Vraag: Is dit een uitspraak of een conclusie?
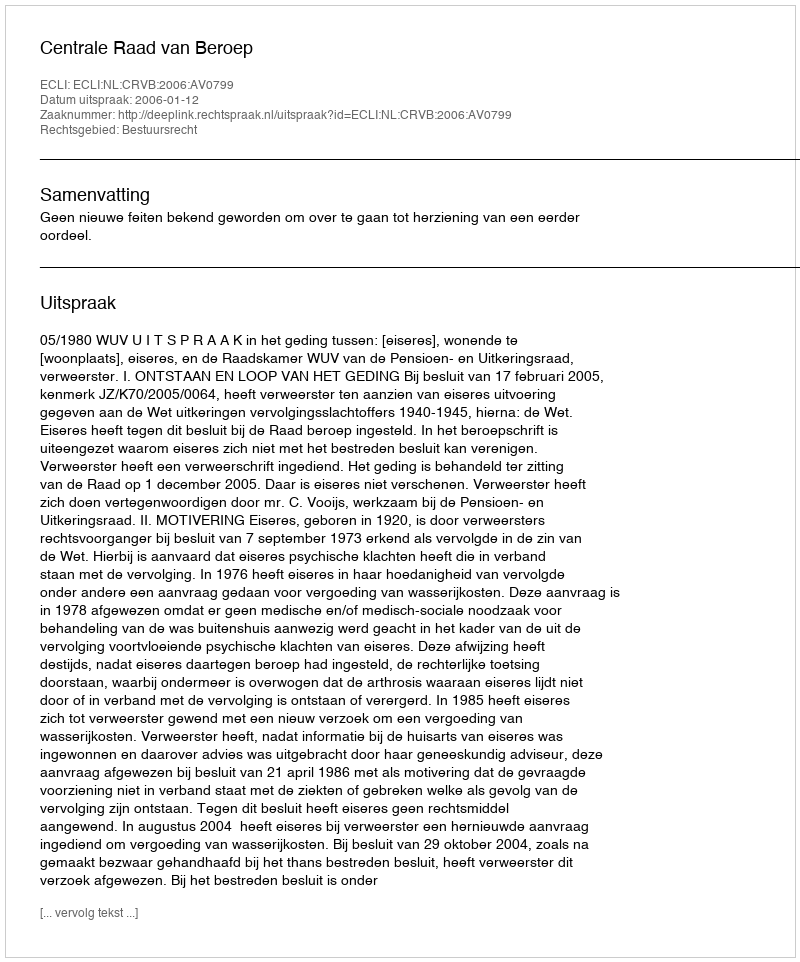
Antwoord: Uitspraak